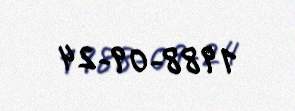
1988-09-24